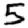
Digit: 5